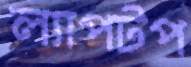
ল্যাপটপ